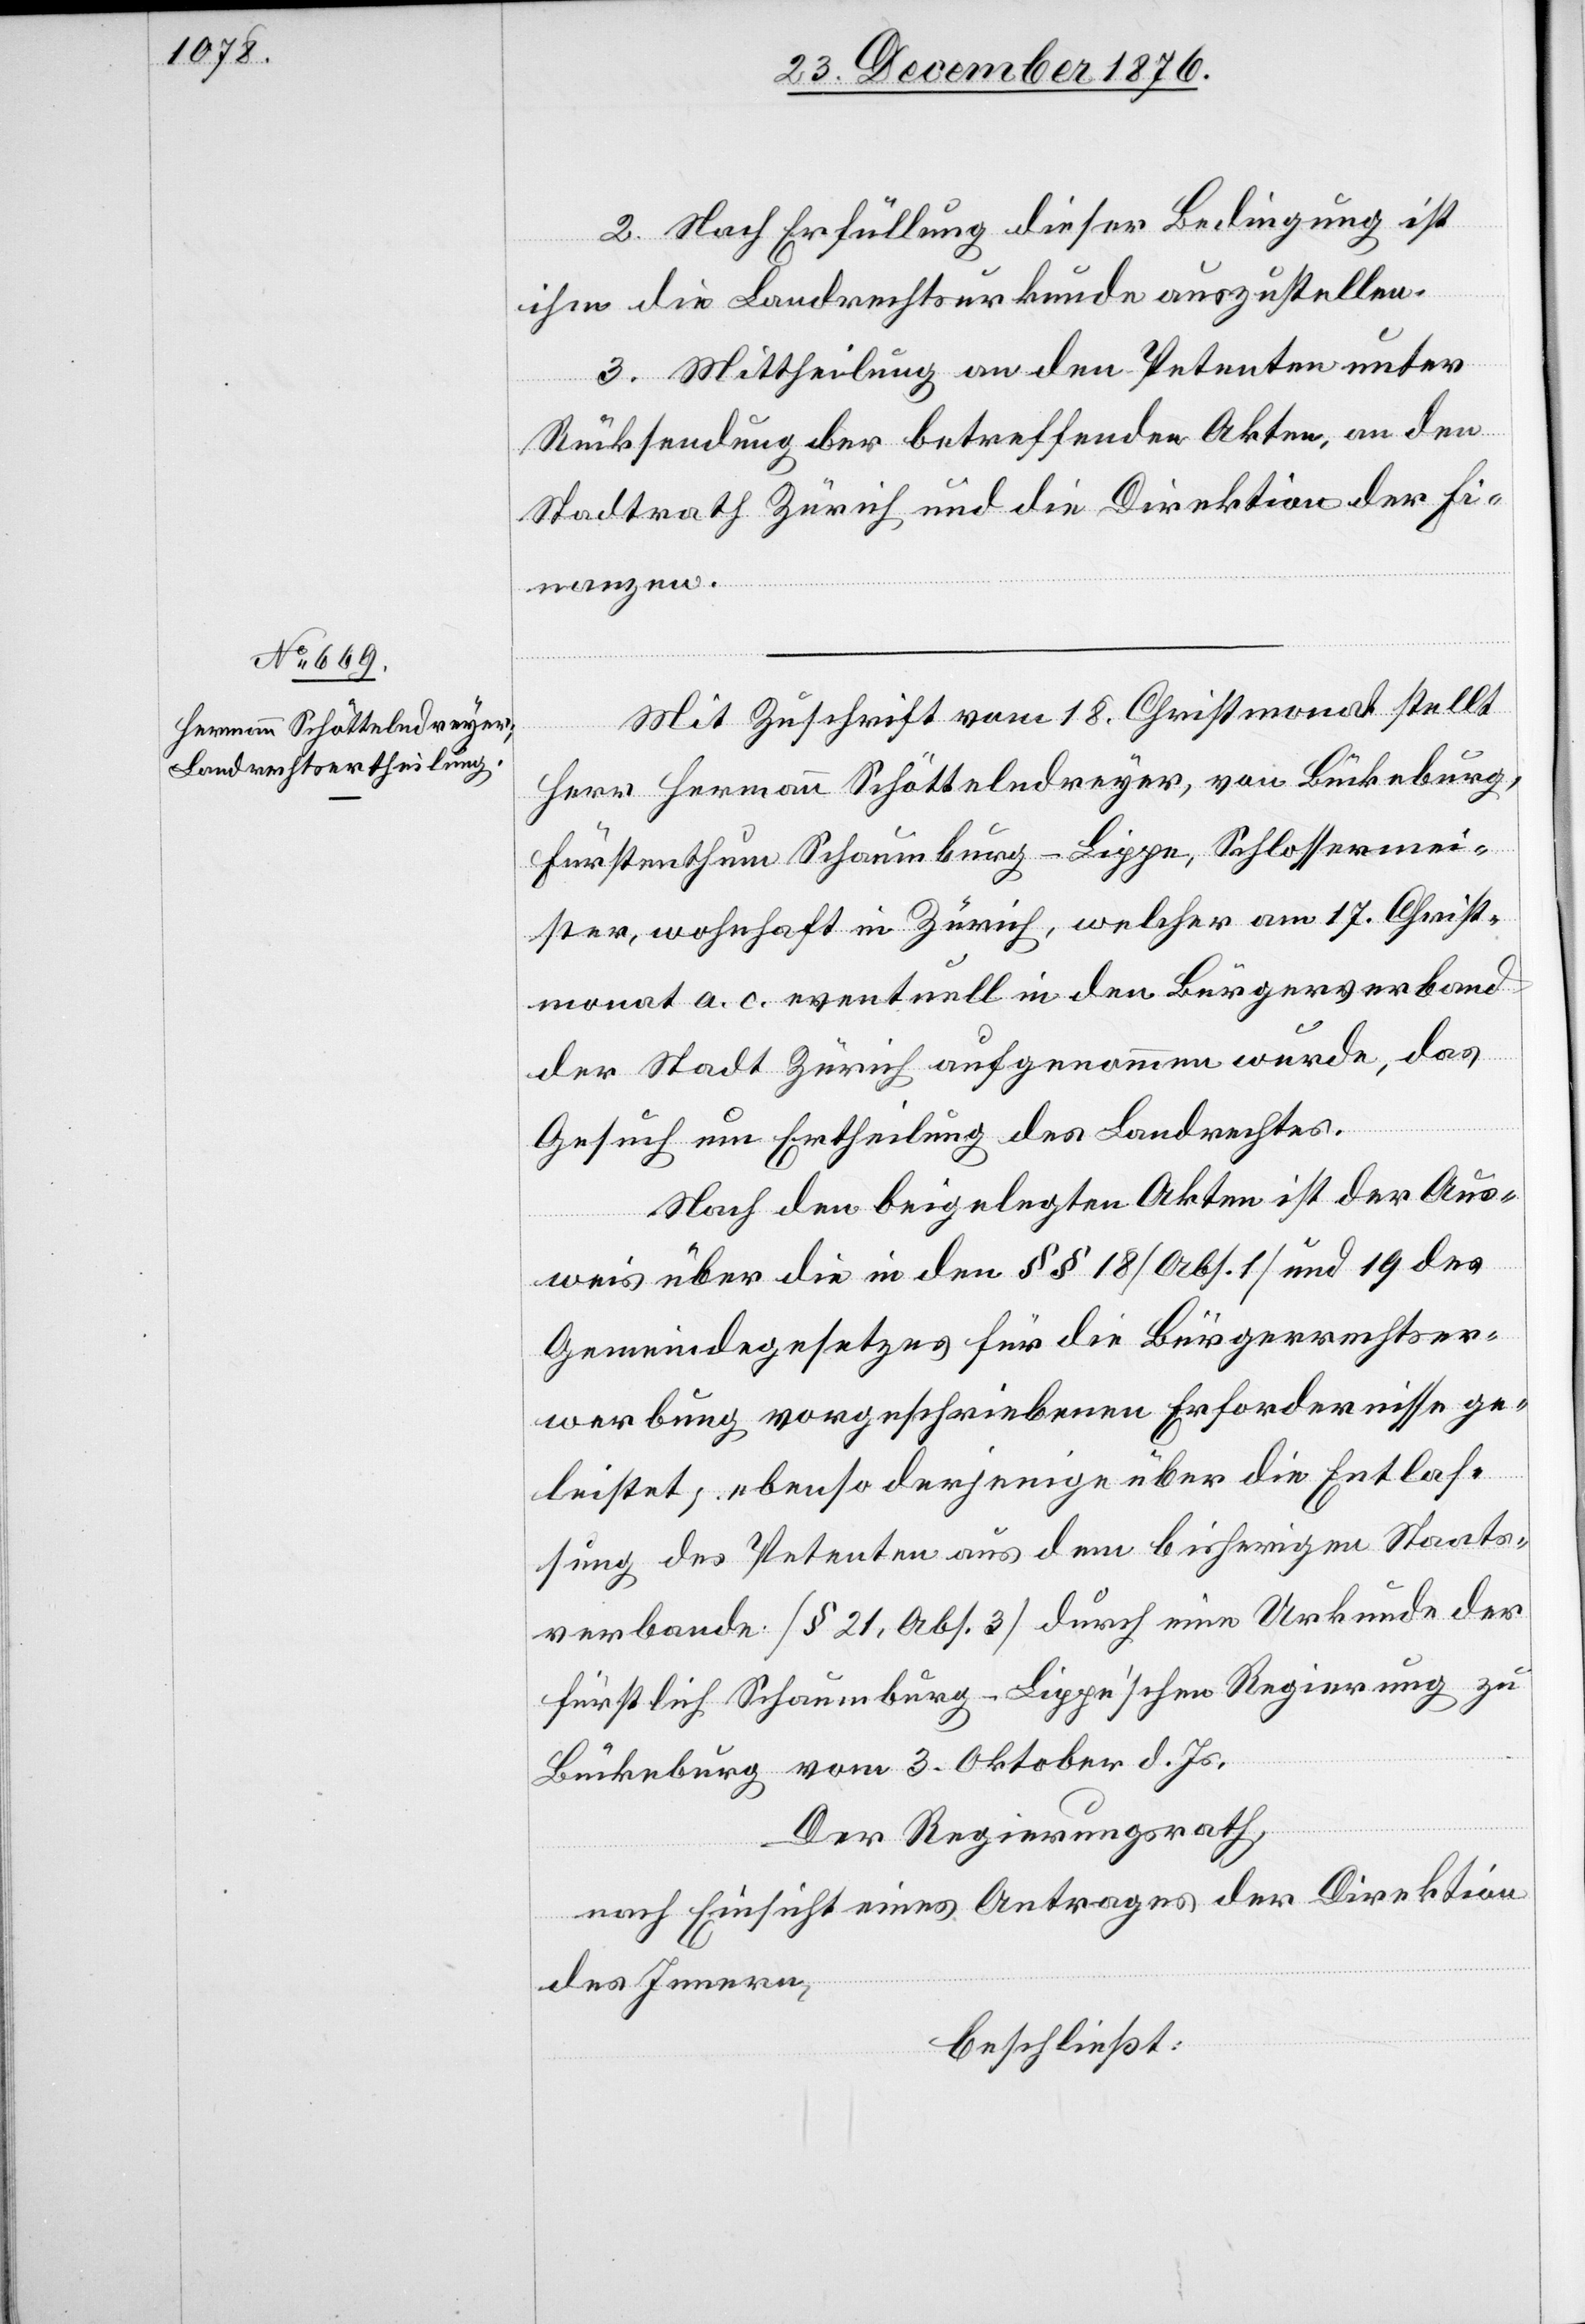
2. Nach Erfüllung dieser Bedingung ist
ihm die Landrechtsurkunde auszustellen.
3. Mittheilung an den Petenten unter
Rücksendung der betreffenden Akten, an den
Stadtrath Zürich und die Direktion der Fi¬
nanzen.
Mit Zuschrift vom 18. Christmonat stellt
Herr Hermann Schötteledreyer, von Bückeburg,
Fürstenthum Schaumburg - Lippe, Schlossermei¬
ster, wohnhaft in Zürich, welcher am 17. Christ¬
monat a. c. eventuell in den Bürgerverband
der Stadt Zürich aufgenommen wurde, das
Gesuch um Ertheilung des Landrechtes.
Nach den beigelegten Akten ist der Aus¬
weis über die in den §§ 18 [Abs. 1] und 19 des
Gemeindegesetzes für die Bürgerrechtser¬
werbung vorgeschriebenen Erfordernisse ge¬
leistet; ebenso derjenige über die Entlas¬
sung des Petenten aus dem bisherigen Staats¬
verbande [§ 21, Abs. 3] durch eine Urkunde der
fürstlich Schaumburg-Lippe’schen Regierung zu
Bückeburg vom 3. Oktober d. Js.
Der Regierungsrath,
nach Einsicht eines Antrages der Direktion
des Innern,
beschließt: